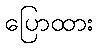
ပြောထား